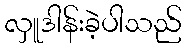
လှူဒါန်းခဲ့ပါသည်